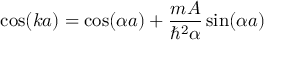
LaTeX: \cos ( k a ) = \cos ( \alpha a ) + { \frac { m A } { \hbar ^ { 2 } \alpha } } \sin ( \alpha a )